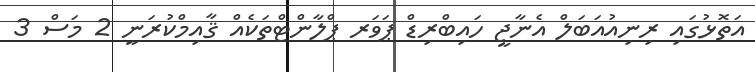
އަތޮޅުގައި ރިނިއުއަބަލް އެނާޖީ ހައިބްރިޑް ޕަވަރ ޕްލާންޓްތަކެއް ޤާއިމްކުރަނީ 2 މަސް 3